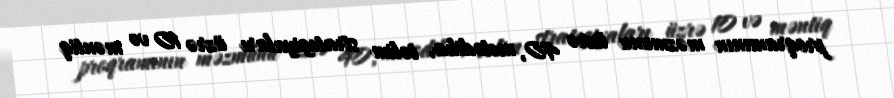
proqramının məzmunu üzrə 40, metodika, təlim strategiyaları üzrə 10 və məntiq